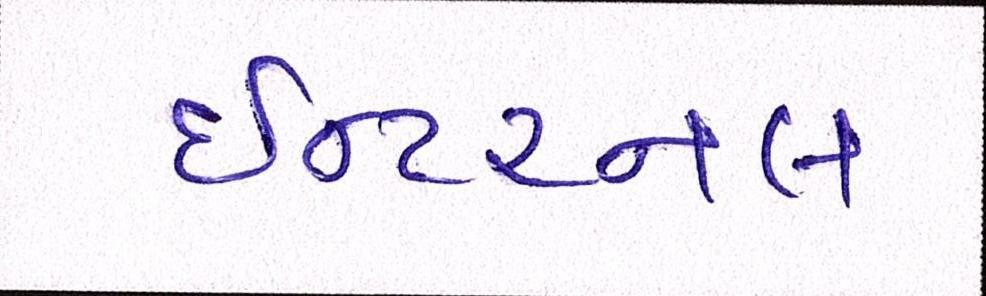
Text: ઇન્ટરનલ